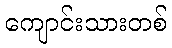
ကျောင်းသားတစ်